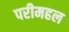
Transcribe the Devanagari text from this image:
परीमहल